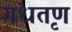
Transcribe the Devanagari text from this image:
गंधतृण